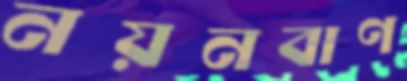
নয়নবাণ